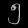
Digit: ၅